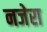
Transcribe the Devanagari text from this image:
नजेरा